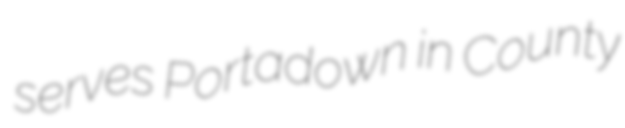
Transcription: serves Portadown in County